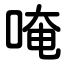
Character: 唵